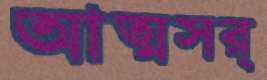
আত্মসর্